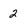
Character: 2